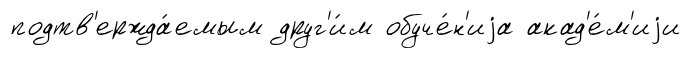
подтв'ержда́емым друг'и́м обуче́н'иjа акад'е́м'иjи